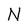
Character: N